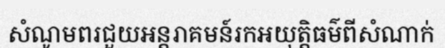
សំណូមពរជួយអន្តរាគមន៍រកអយុត្តិធម៌ពីសំណាក់